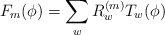
\begin{align*}F_{m}(\phi) = \sum_{w} R^{(m)}_{w} T_{w}(\phi) \end{align*}